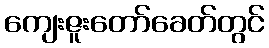
ကျေးဇူးတော်ခေတ်တွင်